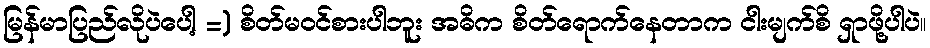
မြန်မာပြည်လိုပဲပေါ့ =) စိတ်မဝင်စားပါဘူး အဓိက စိတ်ရောက်နေတာက ငါးမျက်စိ ရှာဖို့ပါပဲ။